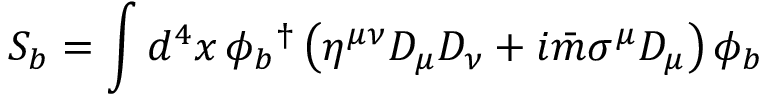
S _ { b } = \int d ^ { 4 } x \, \phi _ { b } { } ^ { \dagger } \left( \eta ^ { \mu \nu } D _ { \mu } D _ { \nu } + i \bar { m } \sigma ^ { \mu } D _ { \mu } \right) \phi _ { b }